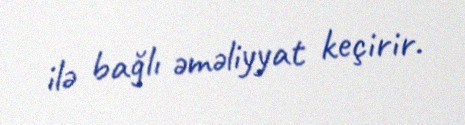
ilə bağlı əməliyyat keçirir.